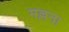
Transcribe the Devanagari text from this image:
मल्लना